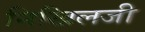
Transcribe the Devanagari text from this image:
निखिलजी